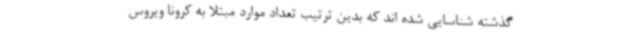
گذشته شناسایی شده اند که بدین ترتیب تعداد موارد مبتلا به کرونا ویروس